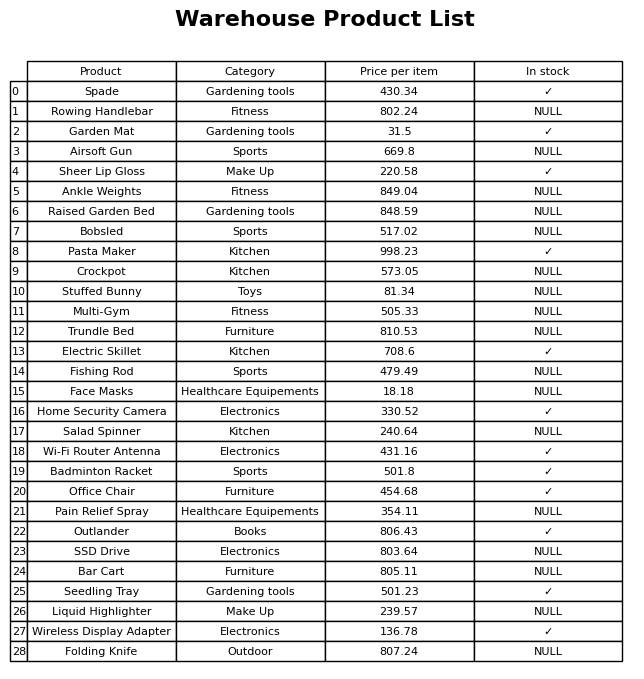
question: What is the price for Bar Cart?
answer: The price of Bar Cart is 805.11.